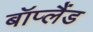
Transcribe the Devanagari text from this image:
बॉप्लैंड